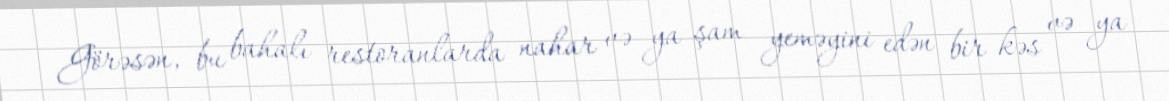
Görəsən, bu bahalı restoranlarda nahar və ya şam yeməyini edən bir kəs və ya